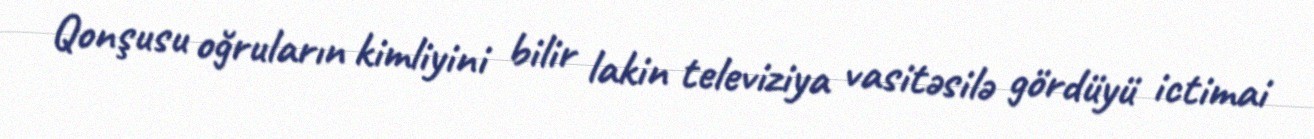
Qonşusu oğruların kimliyini bilir lakin televiziya vasitəsilə gördüyü ictimai